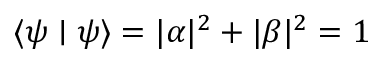
\langle \psi \mid \psi \rangle = | \alpha | ^ { 2 } + | \beta | ^ { 2 } = 1